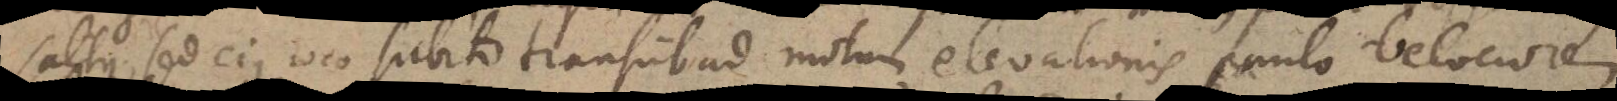
saltus, sed ejus loco subito transiit ad motum elevationis paulo velociorem